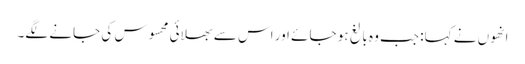
انھوں نے کہا: جب وہ بالغ ہو جائے اور اس سے بھلائی محسوس کی جانے لگے۔